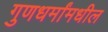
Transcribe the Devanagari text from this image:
गुणधर्मांमधील